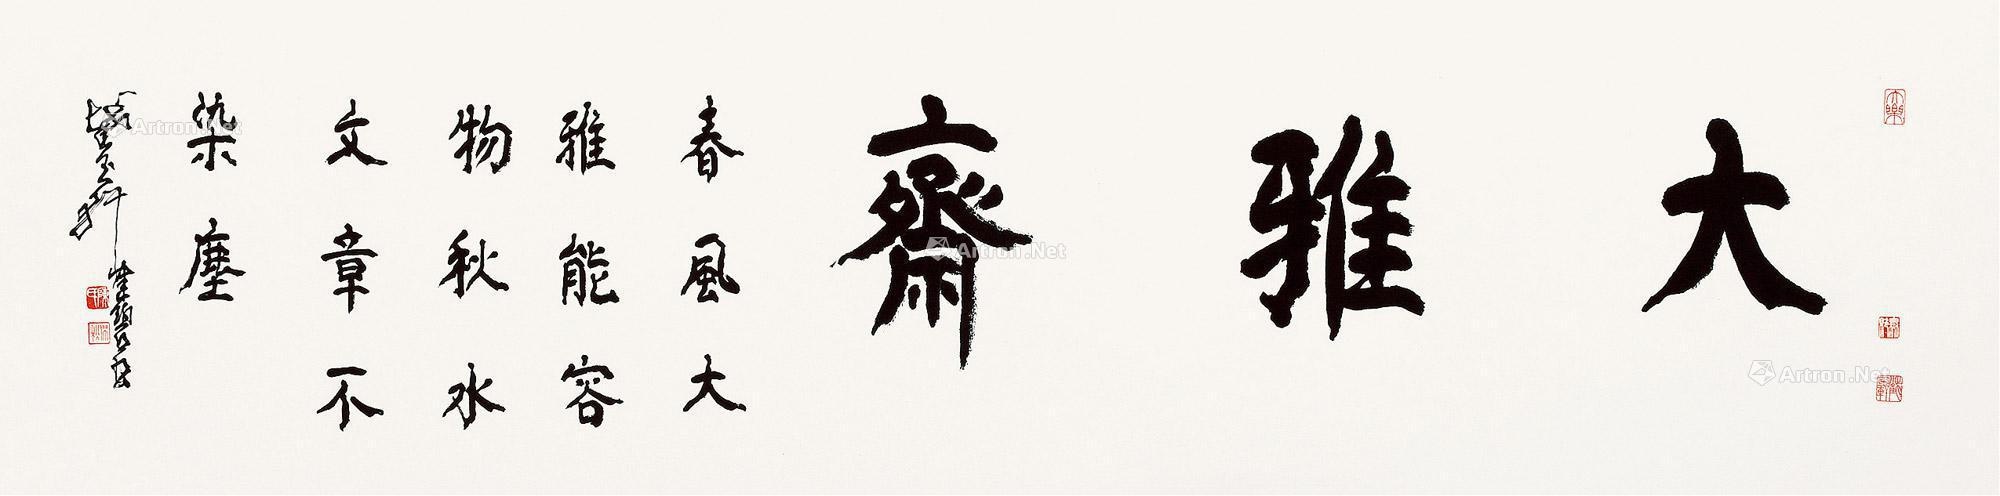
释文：大雅斋。春风大雅能识物，秋水文章不染尘。截玉轩健碧书。